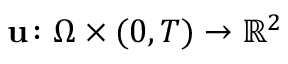
\mathbf { u } \colon \Omega \times ( 0 , T ) \to \ensuremath { \mathbb { R } } ^ { 2 }